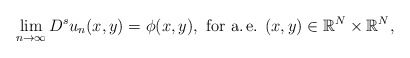
\begin{align*}\lim_{n\to\infty}D^s u_n(x,y)=\phi(x,y),\mbox{ for a.\,e. } (x,y)\in\mathbb{R}^N\times\mathbb{R}^N,\end{align*}